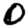
Digit: 0